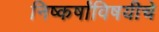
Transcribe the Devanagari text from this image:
निष्कर्षांविषयीचे